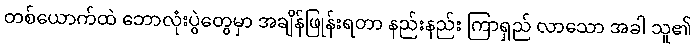
တစ်ယောက်ထဲ ဘောလုံးပွဲတွေမှာ အချိန်ဖြုန်းရတာ နည်းနည်း ကြာရှည် လာသော အခါ သူ၏